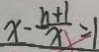
x - \frac { h + 1 } { x } = 1